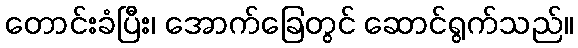
တောင်းခံပြီး၊ အောက်ခြေတွင် ဆောင်ရွက်သည်။